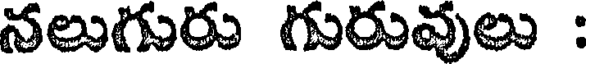
నలుగురు గురువులు :